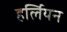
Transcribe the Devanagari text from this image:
हर्लियन